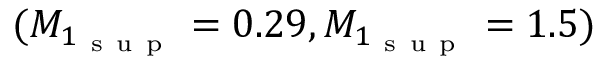
( M _ { 1 _ { \mathrm { ~ s ~ u ~ p ~ } } } = 0 . 2 9 , M _ { 1 _ { \mathrm { ~ s ~ u ~ p ~ } } } = 1 . 5 )